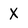
Character: X